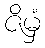
ဇိမှံ